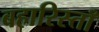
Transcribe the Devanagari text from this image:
बहारिस्ताँ